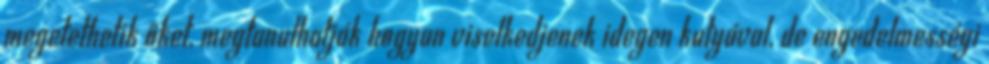
megetethetik őket, megtanulhatják hogyan viselkedjenek idegen kutyával, de engedelmességi